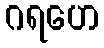
ဂရဟေ